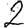
Digit: 2